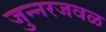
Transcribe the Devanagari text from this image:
जुन्नरजवळ